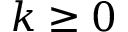
k \ge 0